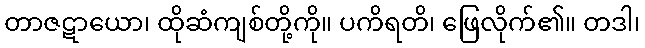
တာဇဋာယော၊ ထိုဆံကျစ်တို့ကို။ ပကိရတိ၊ ဖြေလိုက်၏။ တဒါ၊